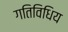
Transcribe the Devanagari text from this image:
गतिविधिय